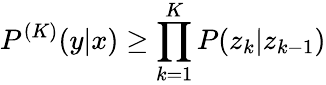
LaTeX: P^{(K)}(y|x)\geq\prod_{k=1}^{K}P(z_{k}|z_{k-1})